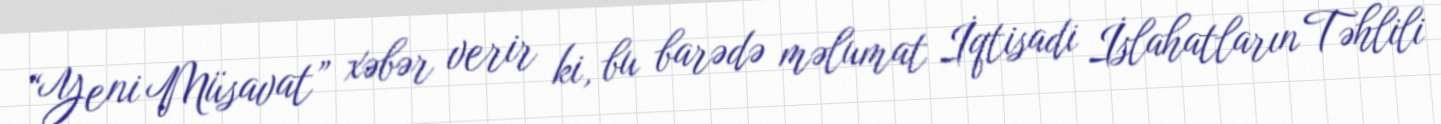
“Yeni Müsavat” xəbər verir ki, bu barədə məlumat İqtisadi İslahatların Təhlili